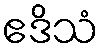
ဧဒိသံ